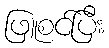
ဖြူစင်ပြီး